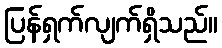
ပြန်ရှက်လျက်ရှိသည်။